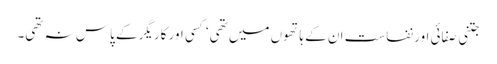
جتنی صفائی اور نفاست ان کے ہاتھوں میں تھی‘ کسی اور کاریگر کے پاس نہ تھی۔